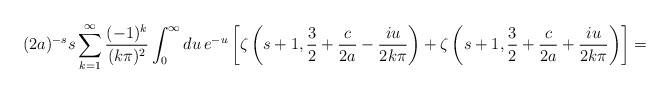
\begin{align*}(2a)^{-s}s\sum_{k=1}^{\infty}\frac{(-1)^{k}}{(k\pi)^{2}}\int_{0}^{\infty}du\,e^{-u}\left[\zeta\left(s+1, \frac32 +\frac{c}{2a}-\frac{iu}{2k\pi}\right) + \zeta\left(s+1, \frac32 +\frac{c}{2a}+\frac{iu}{2k\pi}\right)\right]=\end{align*}